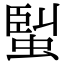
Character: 𧌟